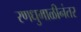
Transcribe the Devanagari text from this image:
रणधुमाळीनंतर